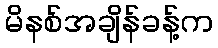
မိနစ်အချိန်ခန့်က